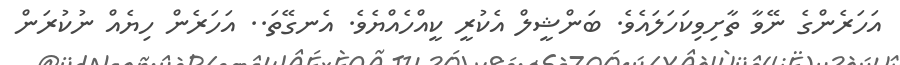
އަހަރެންގެ ނޭވާ ތާށިވިކަހަލައެވެ. ބަންޝީލް އެކުރީ ކީއްހެއްޔެވެ. އެނގޭތަ.. އަހަރެން ހިޔެއް ނުކުރަން